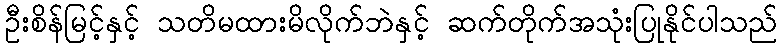
ဦးစိန်မြင့်နှင့် သတိမထားမိလိုက်ဘဲနှင့် ဆက်တိုက်အသုံးပြုနိုင်ပါသည်